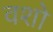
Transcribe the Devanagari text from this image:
वशो